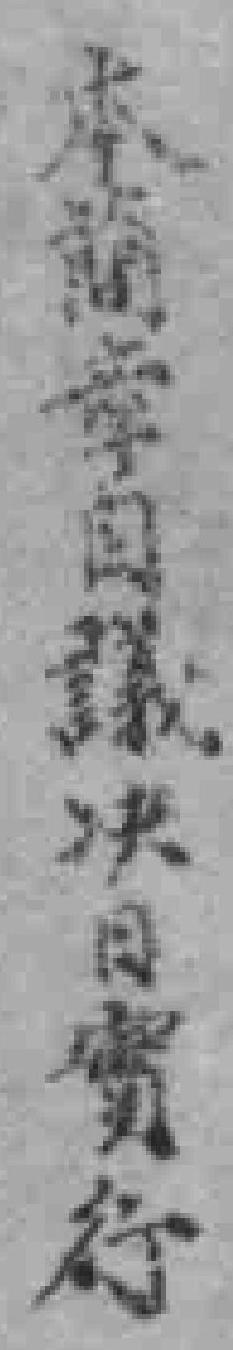
本簡章自議决日實行